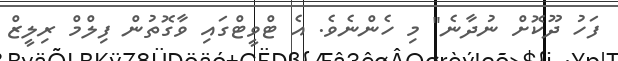
ފަހު ދޫކޮށް ނުދާނެ" މި ހެންނެވެ. އެ ޓްވީޓްގައި ވާގޮތުން ފިލްމް ރިލީޒް